Lunatic asylums in Bengal annual reports 1912-1924 - 1912-1924
Year: 1912
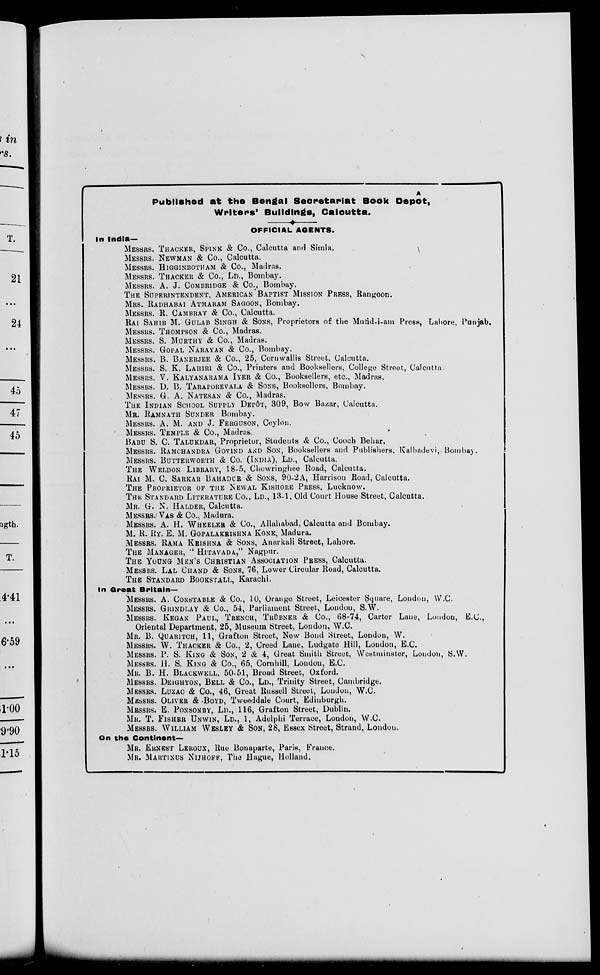
A
Published at the Bengal Secretariat Book Depôt,
Writers' Buildings, Calcutta.
OFFICIAL AGENTS.
In India—
MESSRS. THACKER, SPINK & Co., Calcutta and Simla.
MESSRS. NEWMAN & Co., Calcutta.
MESSRS. HIGGINBOTHAM & Co., Madras.
MESSRS. THACKER & Co., LD., Bombay.
MESSRS. A. J. COMBRIDGE & Co., Bombay.
THE SUPERINTENDENT, AMERICAN BAPTIST MISSION PRESS, Rangoon.
MRS. RADHABAI ATMARAM SAGOON, Bombay.
MESSRS. R. CAMBRAY & Co., Calcutta.
RAI SAHIB M. GULAB SINGH & SONS, Proprietors of the Mufid-i-am Press, Lahore, Punjab.
MESSRS. THOMPSON & Co., Madras.
MESSRS. S. MURTHY & Co., Madras.
MESSRS. GOPAL NARAYAN & Co., Bombay.
MESSRS. B. BANERJEE & Co., 25, Cornwallis Street, Calcutta.
MESSRS. S. K. LAHIRI & Co., Printers and Booksellers, College Street, Calcutta.
MESSRS. V. KALYANARAMA IYER & Co., Booksellers, etc., Madras.
MESSRS. D. B. TARAPOREVALA & SONS, Booksellers, Bombay.
MESSRS. G. A. NATESAN & Co., Madras.
THE INDIAN SCHOOL SUPPLY DEPÔT, 309, Bow Bazar, Calcutta.
MR. RAMNATH SUNDER Bombay.
MESSRS. A. M. AND J. FERGUSON, Ceylon.
MESSRS. TEMPLE & Co., Madras.
BABU S. C. TALUKDAR, Proprietor, Students & Co., Cooch Behar.
MESSRS. RAMCHANDRA GOVIND AND SON, Booksellers and Publishers, Kalbadevi,. Bombay.
MESSRS. BUTTERWORTH & Co. (INDIA), LD., Calcutta.
THE WELDON LIBRARY, 18-5, Chowringhee Road, Calcutta.
RAI M. C. SARKAR BAHADUR & SONS, 90-2A, Harrison Road, Calcutta.
THE PROPRIETOR OF THE NEWAL KISHORE PRESS, Lucknow.
THE STANDARD LITERATURE Co., LD.,13-1, Old Court House Street, Calcutta.
MR. G. N. HALDER, Calcutta.
MESSRS. VAS & Co., Madura.
MESSRS. A. H. WHEELER & Co., Allahabad, Calcutta and Bombay.
M. R. RY. E. M. GOPALAKRISHNA KONE, Madura.
MESSRS. RAMA KRISHNA & SONS, Anarkali Street, Lahore.
THE MANAGER, " HITAVADA," Nagpur.
THE YOUNG MEN'S CHRISTIAN ASSOCIATION PRESS, Calcutta.
MESSRS. LAL CHAND & SONS, 76, Lower Circular Road, Calcutta.
THE STANDARD BOOKSTALL, Karachi.
In Great Britain—
MESSRS. A. CONSTABLE & Co., 10, Orange Street, Leicester Square, London, W.C.
MESSRS. GRINDLAY & Co., 54, Parliament Street, London, S.W.
MESSRS. KEGAN PAUL, TRENCH, TRÜBNER & Co., 68-74, Carter Lane, London, B.C.,
Oriental Department, 25, Museum Street, London, W.C.
MR. B. QUARITCH, 11, Grafton Street, New Bond Street, London, W.
MESSRS. W. THACKER & Co., 2, Creed Lane, Ludgate Hill, London, E.C.
MESSRS. P. S. KING & SON, 2 & 4, Great Smith Street, Westminster, Loudon, S.W.
MESSRS. H. S. KING & Co., 65, Cornhill, London, E.C.
MR. B. H. BLACKWELL. 50-51, Broad Street, Oxford.
MESSRS. DEIGHTON, BELL & Co., LD., Trinity Street, Cambridge.
MESSRS. LUZAC & Co., 46, Great Russell Street, London, W.C.
MESSRS. OLIVER & BOYD, Tweeddale Court, Edinburgh.
MESSRS. E. PONSONBY, LD., 116, Grafton Street, Dublin.
MR. T. FISHER UNWIN, LD., 1, Adelphi Terrace, London, W.C.
MESSRS. WILLIAM WESLEY & SON, 28, Essex Street, Strand, London.
On the Continent—
MR. ERNEST LEROUX, Rue Bonaparte, Paris, France.
MR. MARTINUS NIJHOFF, The Hague, Holland.